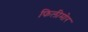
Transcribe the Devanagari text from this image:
फिलीमोर